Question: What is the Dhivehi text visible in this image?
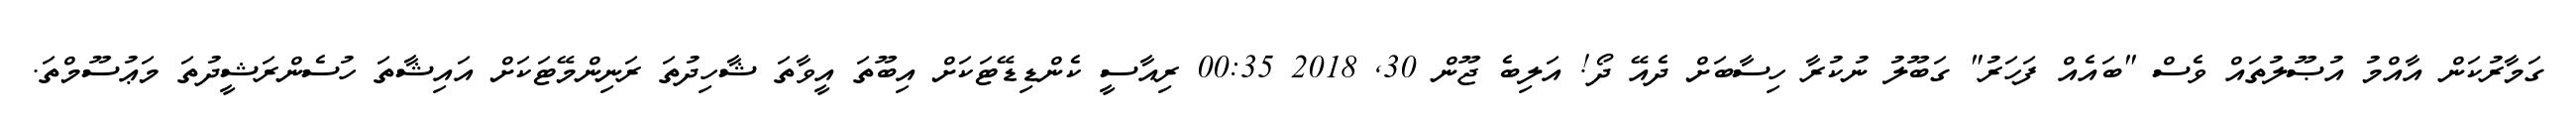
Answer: ގަމާރުކަން އާއްމު އުޞޫލުތައް ވެސް "ބައެއް ފަހަރު" ގަބޫލު ނުކުރާ ހިސާބަށް ދެއޭ ދޯ! އަލިބެ ޖޫން 30, 2018 00:35 ރިއާސީ ކެންޑިޑޭޓަކަށް އިބޫތަ އީވާތަ ޝާހިދުތަ ރަނިންމޭޓަކަށް އައިޝާތަ ހުސެންރަޝީދުތަ މަޢުސޫމްތަ.